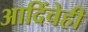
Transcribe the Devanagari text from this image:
आदिंचेही